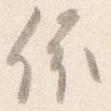
依